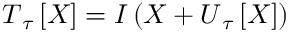
\boldsymbol { T } _ { \u { \tau } } \left[ \boldsymbol { X } \right] = \boldsymbol { I } \left( \boldsymbol { X } + \boldsymbol { U } _ { \u { \tau } } \left[ \boldsymbol { X } \right] \right)